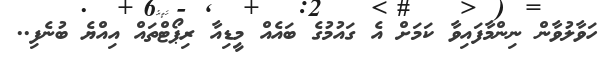
ހަވާލުވާން ނިންމާފައިވާ ކަމަށް އެ ގައުމުގެ ބައެއް މީޑިއާ ރިޕޯޓްތައް އިއްޔެ ބުނެފި..